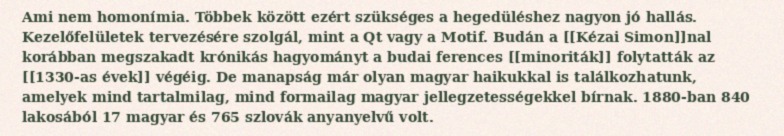
Ami nem homonímia. Többek között ezért szükséges a hegedüléshez nagyon jó hallás. Kezelőfelületek tervezésére szolgál, mint a Qt vagy a Motif. Budán a [[Kézai Simon]]nal korábban megszakadt krónikás hagyományt a budai ferences [[minoriták]] folytatták az [[1330-as évek]] végéig. De manapság már olyan magyar haikukkal is találkozhatunk, amelyek mind tartalmilag, mind formailag magyar jellegzetességekkel bírnak. 1880-ban 840 lakosából 17 magyar és 765 szlovák anyanyelvű volt.